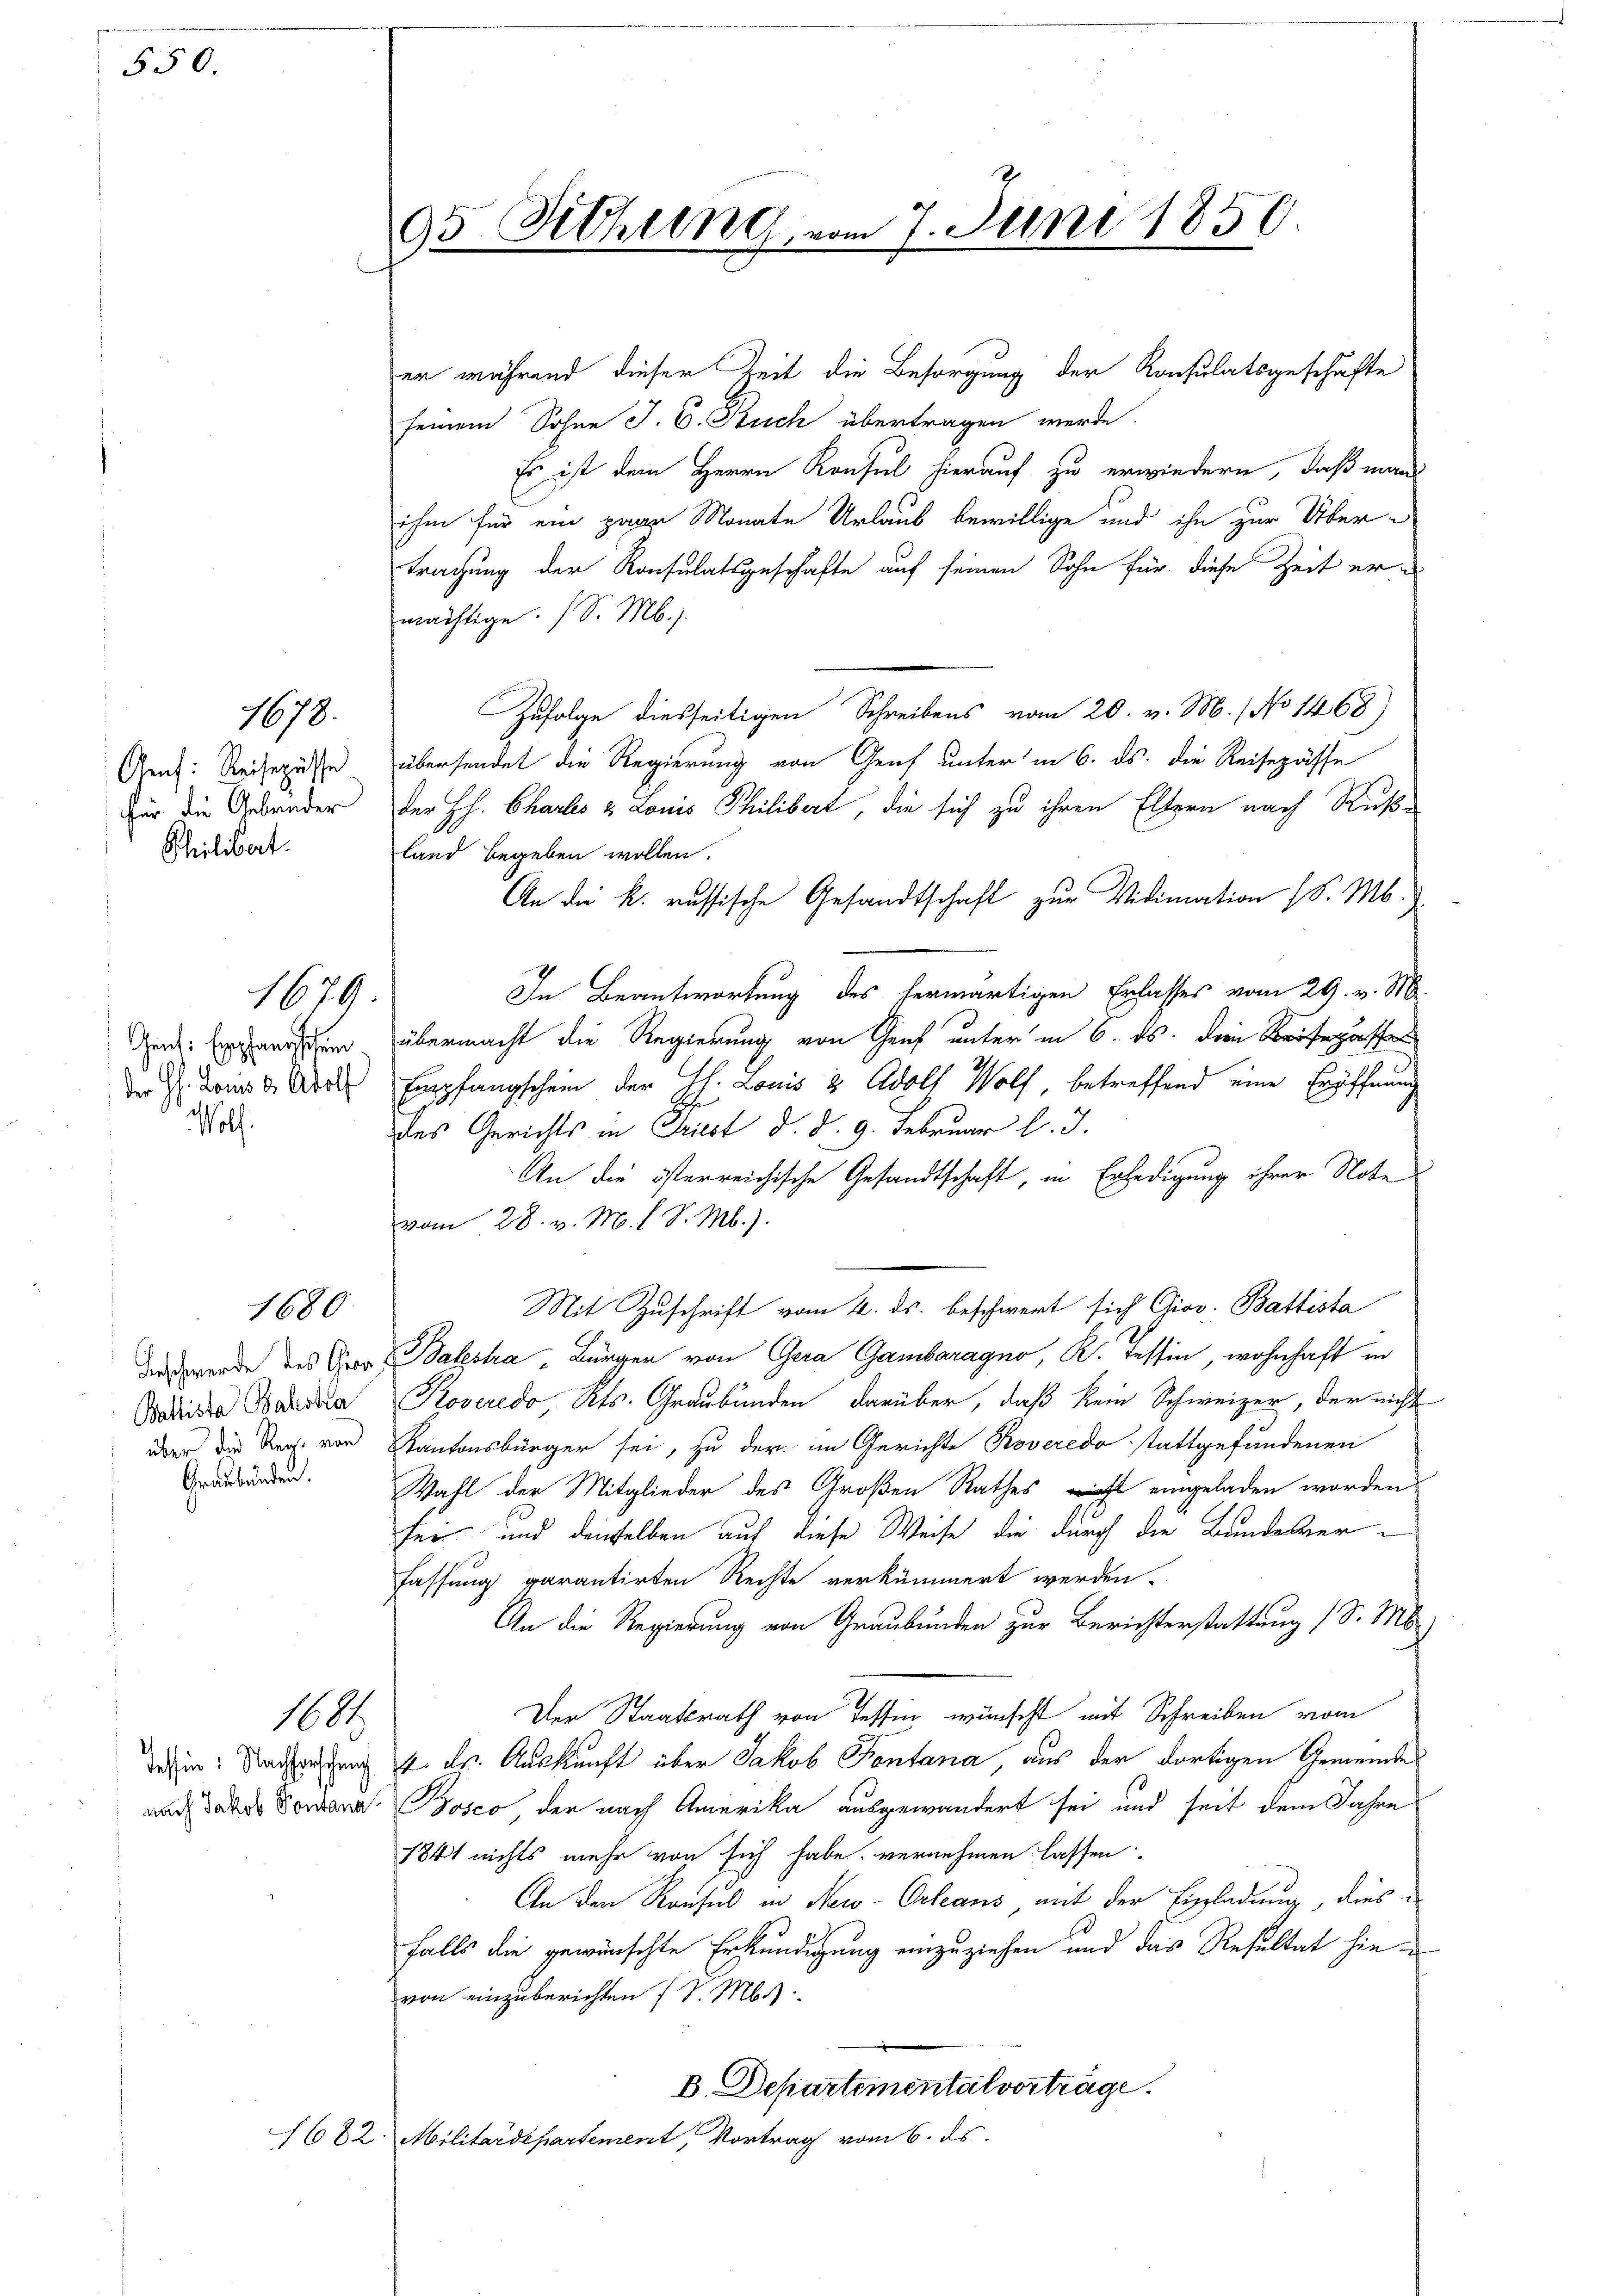
550.

Aeuf: Reisepässe
Für die Gebrüder
Philibert.

Wolf.

1673.

1679.

1680.

Graubünden.

1608

er während dieser Zeit die Besorgung der Konsulatsgeschäfte
seinem Sohne J. C. Ruch übertragen werde.
Es ist dem Herrn Konsul hierauf zu erwiedern, daß mans
ihm für ein paar Monate Urlaub bewillige und ihn zur Übertrachung der Konsulatsgeschäfte auf seinen Sohn für diese Zeit ermächtige. (S. M.
Zufolge diesseitigen Schreibens vom 20. v. M. (No 1468)
übersendet die Regierung von Genf unter in 6. ds. die Reisepässe
der Hs. Chartes & Louis Philibert, die sich zu ihren Eltern nach Ruß-
land begeben wollen.
An die k. russische Gesandtschaft zur Vidimation (S. M.
In Beantwortung des herwärtigen Erlasses vom 29. v. M.
Indes Ernsten übermacht die Regierung von Graf unter in 6. ds. dein Kriegsf
der J. Bonis d. Aber Empfangschein der J. Louis & Adolf Wolf betreffend eine Eröffnung
des Gerichts in Priest d. d. 9. Februar l. J.
An die österreichische Gesandtschaft, in Erledigung ihrer Note
vom 28. v. M. l. S. M.).
Mit Zuschrift vom 4. ds. beschwert sich Giov. Battista
Das werde des Vor Balestra-Bürger von Gera Gambaragno, K. Tessin, wohnhaft in
Wadia Baadia Roveredo, Kts. Graubünden darüber, daß kein Schweizer, der nicht
über die Reg. von Kantonsbürger sei, zu der im Gerichte Roveredo stattgefundenen
Wahl der Mitglieder des Großen Rathes nicht eingeladen worden
fein und denselben auf diese Weise die durch die Bundesverfassung garantirten Rechte verkümmert werden.
An die Regierung von Graubünden zur Berichterstattung (S. M.)
Der Staatsrath von Tessin wünscht mit Schreiben vom
des in Nachtersten 4. ds. Auskunft über Jakob Fontana, aus der dortigen Gemeindes
nach daher Fontana Bosco der nach Amerika ausgewandert sei und seit dem Jahre
1841 nichts mehr von sich habe vernehmen lassen.
An den Konsul in New-Orleans, mit der Einladung, diesfalls die gewünschte Erkundigung einzuziehen und das Resultat hie
von einzuberichten (S. M.
B. Departemental vorträge.
1682. Militärdepartement, Vortrag vom 6. ds.

95. Sitzung, vom 7. Juni 1850.